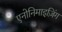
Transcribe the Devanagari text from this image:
एनोनिमाइज़िंग